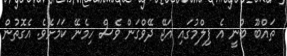
ތައްބޫ ބުނީ އެ ފިލްމުގައި އަޖޭ ދޭވްގަން ވެސް ހިމެނޭ ކަމަށެވެ. އެގޮތުން